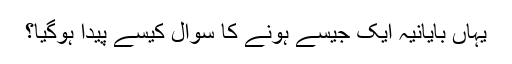
یہاں بایانیہ ایک جیسے ہونے کا سوال کیسے پیدا ہوگیا؟